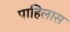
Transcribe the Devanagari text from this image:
पाहिलास